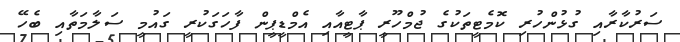
ސަރުކާރާއި ގުޅުންހުރި ކޮމެޓީތަކުގެ ޖުމްހޫރީ ޕާޓީއާއި އެމްޑީޕީން ފާހަގަކުރީ ގައުމީ ސަލާމަތާއި ބެހޭ